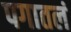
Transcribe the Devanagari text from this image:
पगातलं